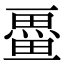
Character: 𭻩